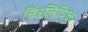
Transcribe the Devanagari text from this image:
चित्रलिपिक